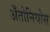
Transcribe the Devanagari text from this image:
अँतोनियोस